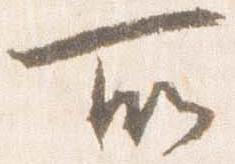
所